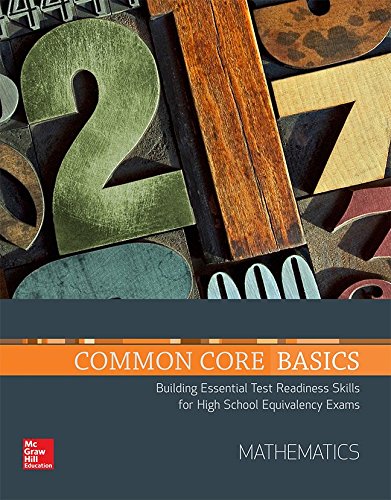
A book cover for Common Core Basics, Mathematics Core Subject Module (CCSS FOR ADULT ED); Contemporary; Education & Teaching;